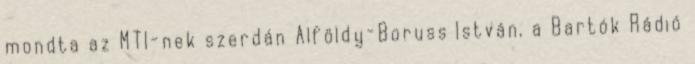
mondta az MTI-nek szerdán Alföldy-Boruss István, a Bartók Rádió